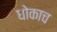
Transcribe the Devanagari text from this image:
धोकाच